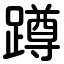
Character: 蹲